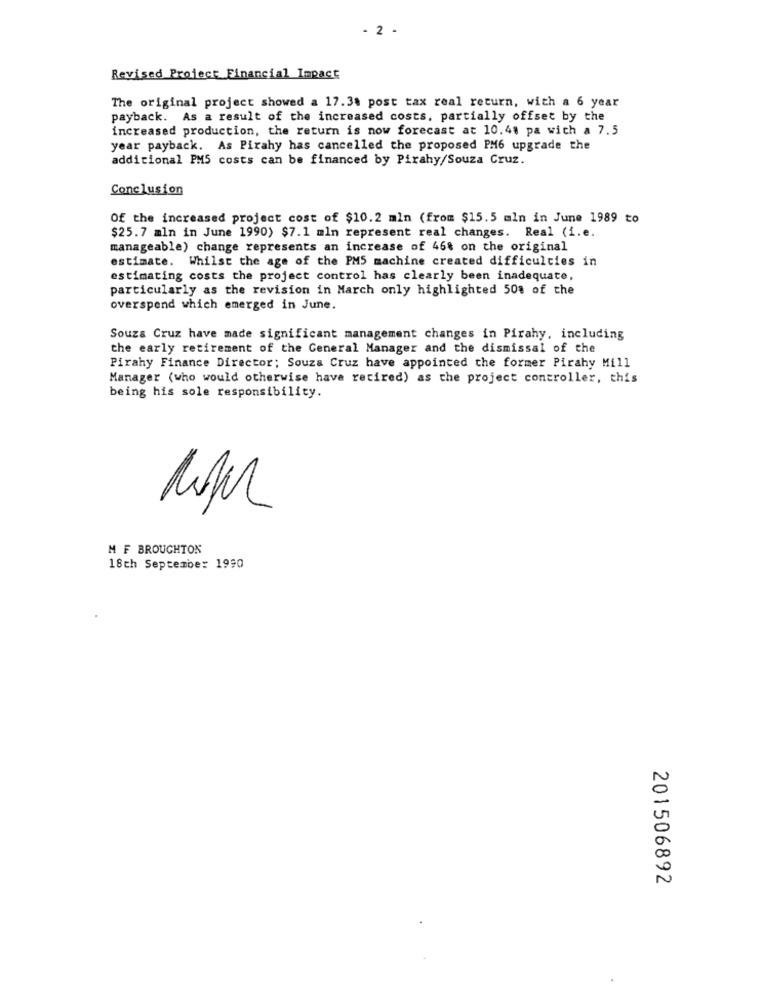
- 2 -
Revised Project Financial Impact
The original project showed a 17.38 post tax real return, with a 6 year
payback. As a result of the increased costs. partially offset by the
increased production, the return is now forecast at 10.48 pa with a 7.5
year payback. As Pirahy has cancelled the proposed PM6 upgrade the
additional PMS costs can be financed by Pirahy/Souza Cruz.
Conclusion
Of the increased project cost of $10.2 mln (from $15.5 mln in June 1989 to
$25.7 mln in June 1990) $7.1 mln represent real changes. Real (i.e.
manageable) change represents an increase of 46% on the original
estimate. Whilst the age of the PMS machine created difficulties in
estimating costs the project control has clearly been inadequate,
particularly as the revision in March only highlighted 50% of the
overspend which emerged in June.
Souza Cruz have made significant management changes in Pirahy, including
the early retirement of the General Manager and the dismissal of the
Pirahy Finance Director; Souza Cruz have appointed the former Pirahy Mill
Manager (who would otherwise have retired) as the project controller, this
being his sole responsibility.
M F BROUGHTON
18th September 1990
201506892